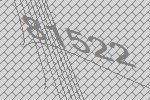
81522